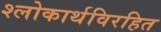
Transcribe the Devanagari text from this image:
श्लोकार्थविरहित